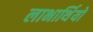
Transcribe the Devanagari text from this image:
लाभार्थियों